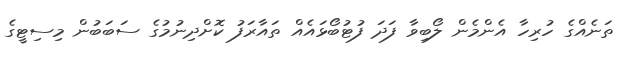
ތަނެއްގެ ހުރިހާ އެންމެން ލޯބިވާ ފަދަ ފުޓުބޯޅައެއް ތައާރަފު ކޮށްދިނުމުގެ ސަބަބުން މިސިޓީގެ